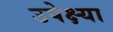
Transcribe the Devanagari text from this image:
उपेक्ष्या